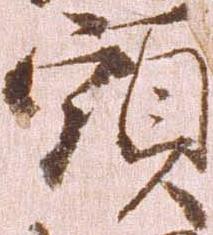
頭